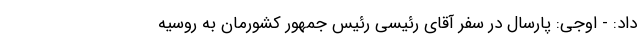
داد: - اوجی: پارسال در سفر آقای رئیسی رئیس جمهور کشورمان به روسیه